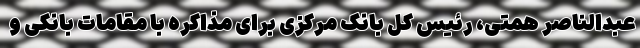
عبدالناصر همتی، رئیس کل بانک مرکزی برای مذاکره با مقامات بانکی و